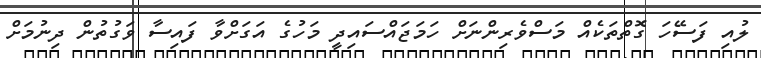
ލުއި ފަސޭހަ ގޮތްތަކެއް މަސްވެރިންނަށް ހަމަޖައްސައިދީ މަހުގެ އަގަށްވާ ފައިސާ ވަގުތުން ދިނުމަށް